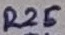
Text: R25